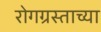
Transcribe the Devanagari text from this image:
रोगग्रस्ताच्या